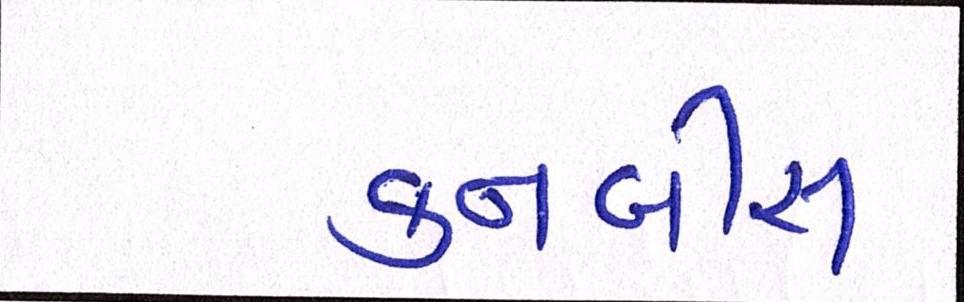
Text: કનબીસ